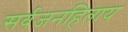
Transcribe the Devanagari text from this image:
सर्वजनहिताय